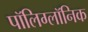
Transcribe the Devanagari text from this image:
पॉलिग्लॉनिक